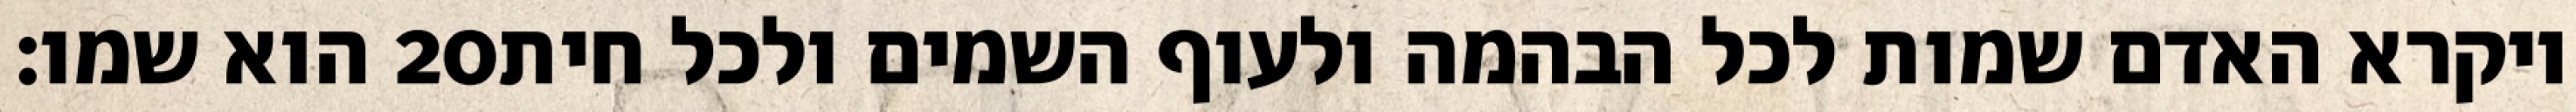
הוא שמו׃ ‎20‏ ויקרא האדם שמות לכל הבהמה ולעוף השמים ולכל חית